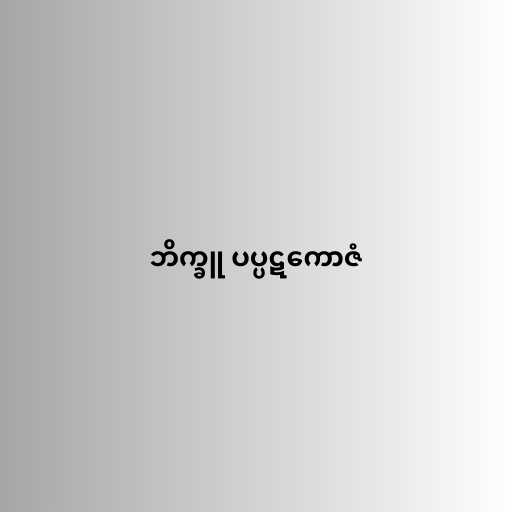
ဘိက္ခူ ပပ္ပဋကောဇံ